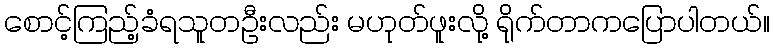
စောင့်ကြည့်ခံရသူတဦးလည်း မဟုတ်ဖူးလို့ ရိုက်တာကပြောပါတယ်။